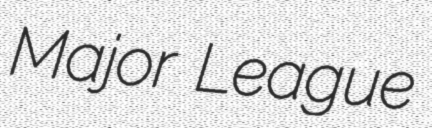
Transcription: Major League